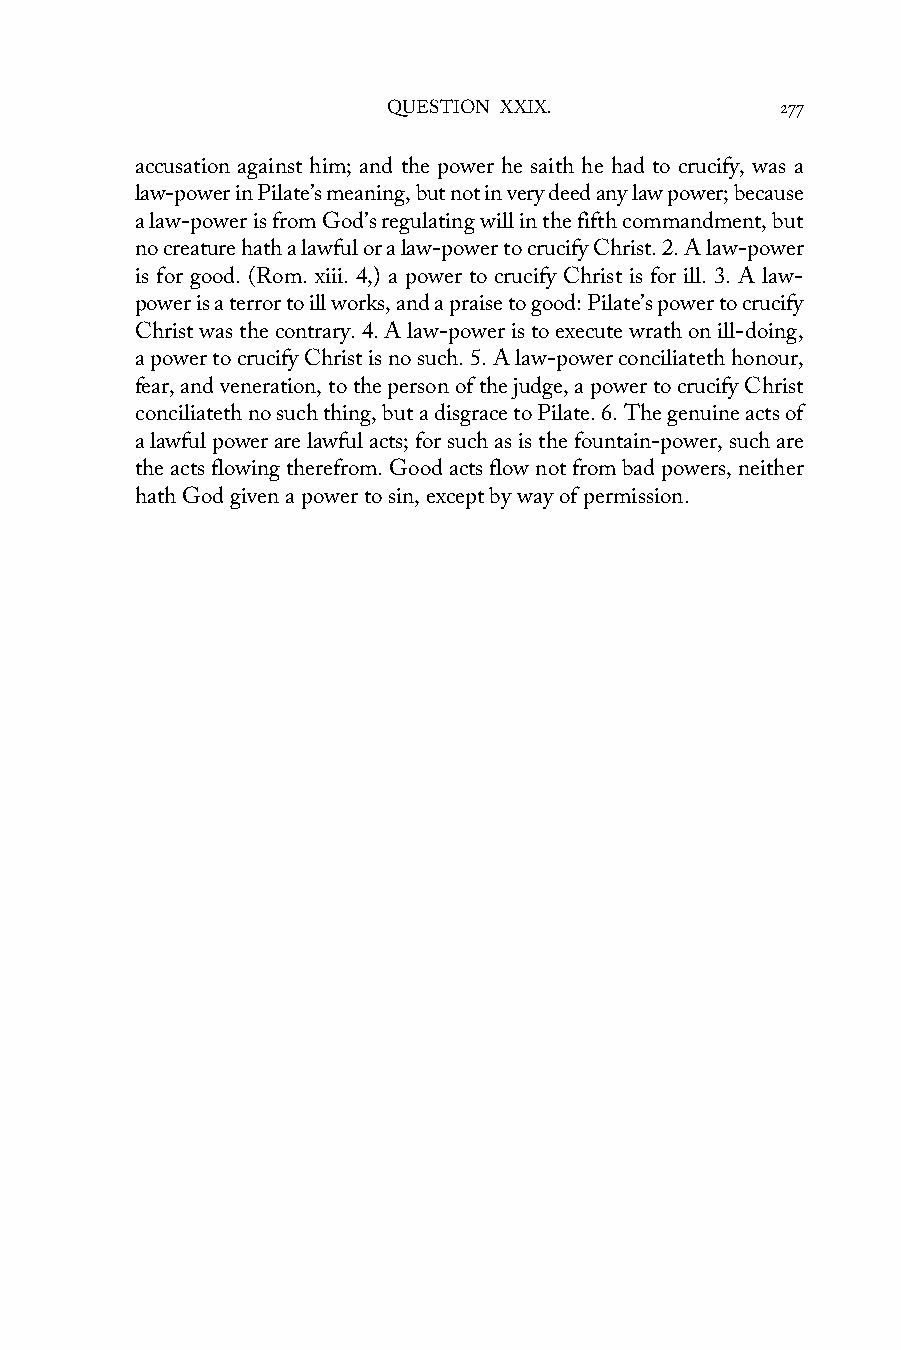
QUESTION XXIX.            277
 accusation against him; and the power he saith he had to crucify, was a
 law-power in Pilate’s meaning, but not in very deed any law power; because
 a law-power is from God’s regulating will in the fifth commandment, but
 no creature hath a lawful or a law-power to crucify Christ. 2. A law-power
 is for good. (Rom. xiii. 4,) a power to crucify Christ is for ill. 3. A law-
 power is a terror to ill works, and a praise to good: Pilate’s power to crucify
 Christ was the contrary. 4. A law-power is to execute wrath on ill-doing,
 a power to crucify Christ is no such. 5. A law-power conciliateth honour,
 fear, and veneration, to the person of the judge, a power to crucify Christ
 conciliateth no such thing, but a disgrace to Pilate. 6. The genuine acts of
 a lawful power are lawful acts; for such as is the fountain-power, such are
 the acts flowing therefrom. Good acts flow not from bad powers, neither
 hath God given a power to sin, except by way of permission.